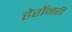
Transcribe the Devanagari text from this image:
हेरॉनरी